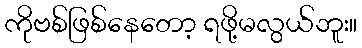
ကိုဗစ်ဖြစ်နေတော့ ရဖို့မလွယ်ဘူး။